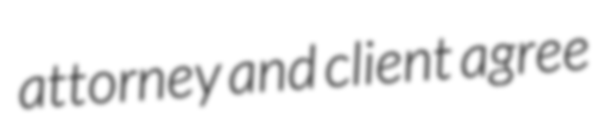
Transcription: attorney and client agree